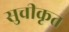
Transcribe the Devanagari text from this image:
सुचीकृत